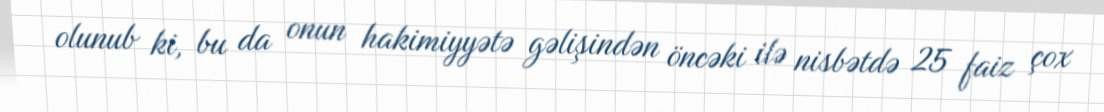
olunub ki, bu da onun hakimiyyətə gəlişindən öncəki ilə nisbətdə 25 faiz çox